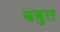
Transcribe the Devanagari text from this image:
बबुत